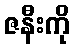
ဇနီးကို